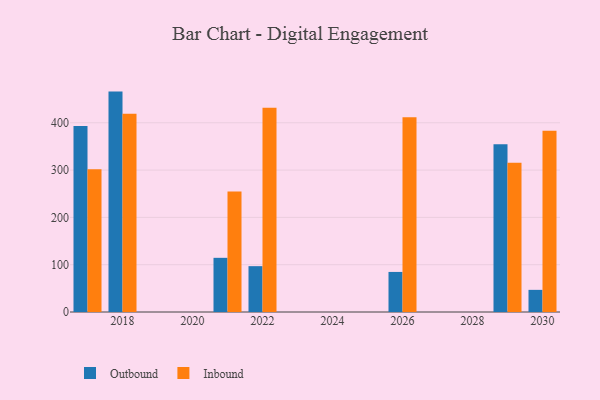
{"axis": {"x": "Year", "y": "Active Users"}, "legend": ["Inbound", "Outbound"], "data": [{"x": "2026", "y": 84.7, "type": "Outbound"}, {"x": "2026", "y": 411.8, "type": "Inbound"}, {"x": "2030", "y": 46.8, "type": "Outbound"}, {"x": "2030", "y": 382.9, "type": "Inbound"}, {"x": "2018", "y": 465.9, "type": "Outbound"}, {"x": "2018", "y": 419.1, "type": "Inbound"}, {"x": "2022", "y": 96.9, "type": "Outbound"}, {"x": "2022", "y": 431.7, "type": "Inbound"}, {"x": "2017", "y": 393.1, "type": "Outbound"}, {"x": "2017", "y": 301.7, "type": "Inbound"}, {"x": "2021", "y": 114.5, "type": "Outbound"}, {"x": "2021", "y": 254.8, "type": "Inbound"}, {"x": "2029", "y": 354.5, "type": "Outbound"}, {"x": "2029", "y": 315.6, "type": "Inbound"}]}